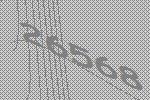
26568